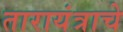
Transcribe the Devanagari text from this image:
तारायंत्राचे